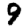
Digit: 9